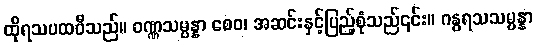
ထိုရသပထဝီသည်။ ဝဏ္ဏသမ္ပန္နာ စေဝ၊ အဆင်းနှင့်ပြည့်စုံသည်၎င်း။ ဂန္ဓရသသမ္ပန္နာ